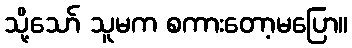
သို့သော် သူမက စကားတော့မပြော။